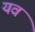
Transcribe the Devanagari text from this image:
यवं